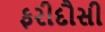
ફરીદૌસી